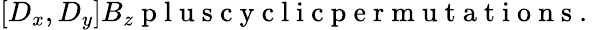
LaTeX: [D_{x},D_{y}]B_{z}\mathrm{~p~l~u~s~c~y~c~l~i~c~p~e~r~m~u~t~a~t~i~o~n~s~.~}